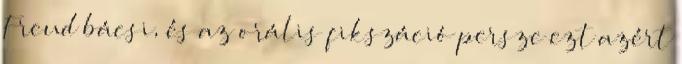
Freud bácsi, és az orális fikszáció persze ezt azért